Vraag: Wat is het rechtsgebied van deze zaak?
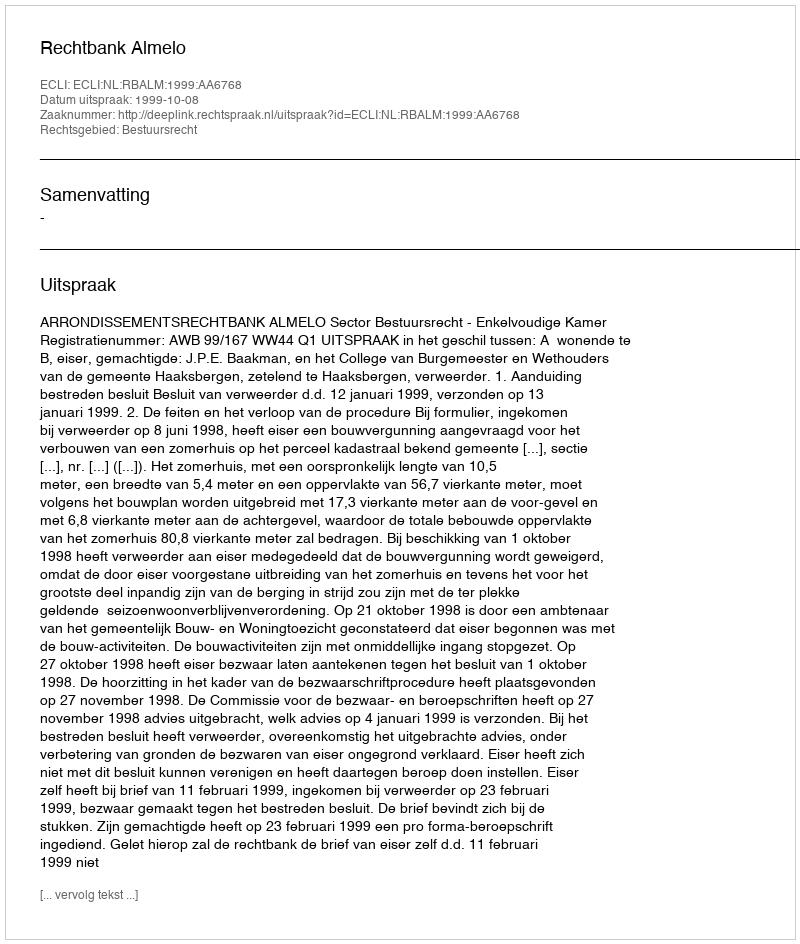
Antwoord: Bestuursrecht